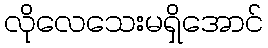
လိုလေသေးမရှိအောင်